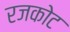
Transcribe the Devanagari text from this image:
रजकोट